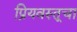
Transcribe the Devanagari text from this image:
प्रियवस्तूचा